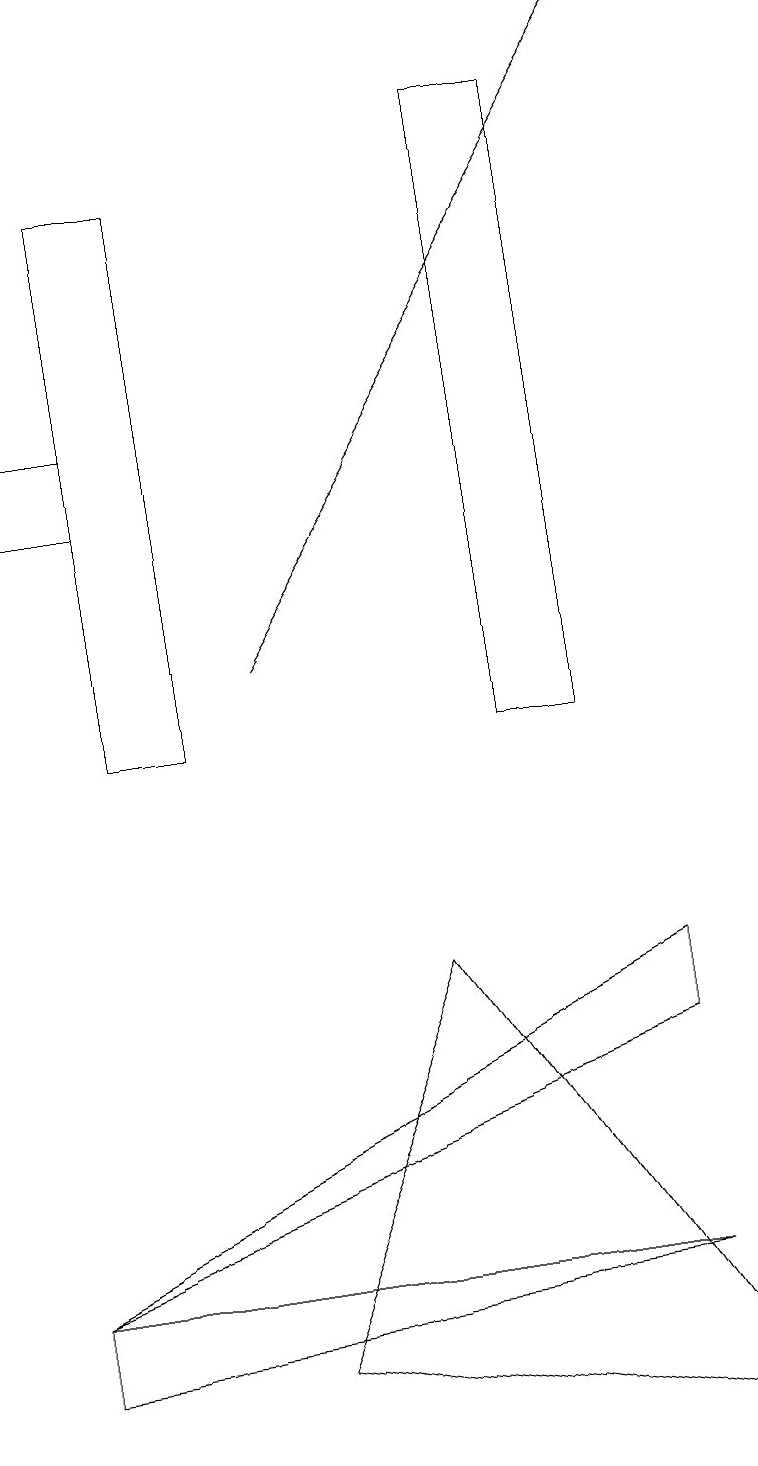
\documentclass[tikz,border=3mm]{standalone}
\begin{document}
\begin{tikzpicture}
\draw (1,14) rectangle (0,13);
\draw (8,3) -- (0,2) -- (0,3) -- cycle;
\draw[->] (3,11) -- (8,19);
\draw (1,10) rectangle (2,17);
\draw (3,2) -- (9,1) -- (5,7) -- cycle;
\draw (0,3) -- (8,6) -- (8,7) -- cycle;
\draw (6,10) rectangle (7,18);
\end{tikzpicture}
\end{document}